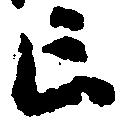
亡